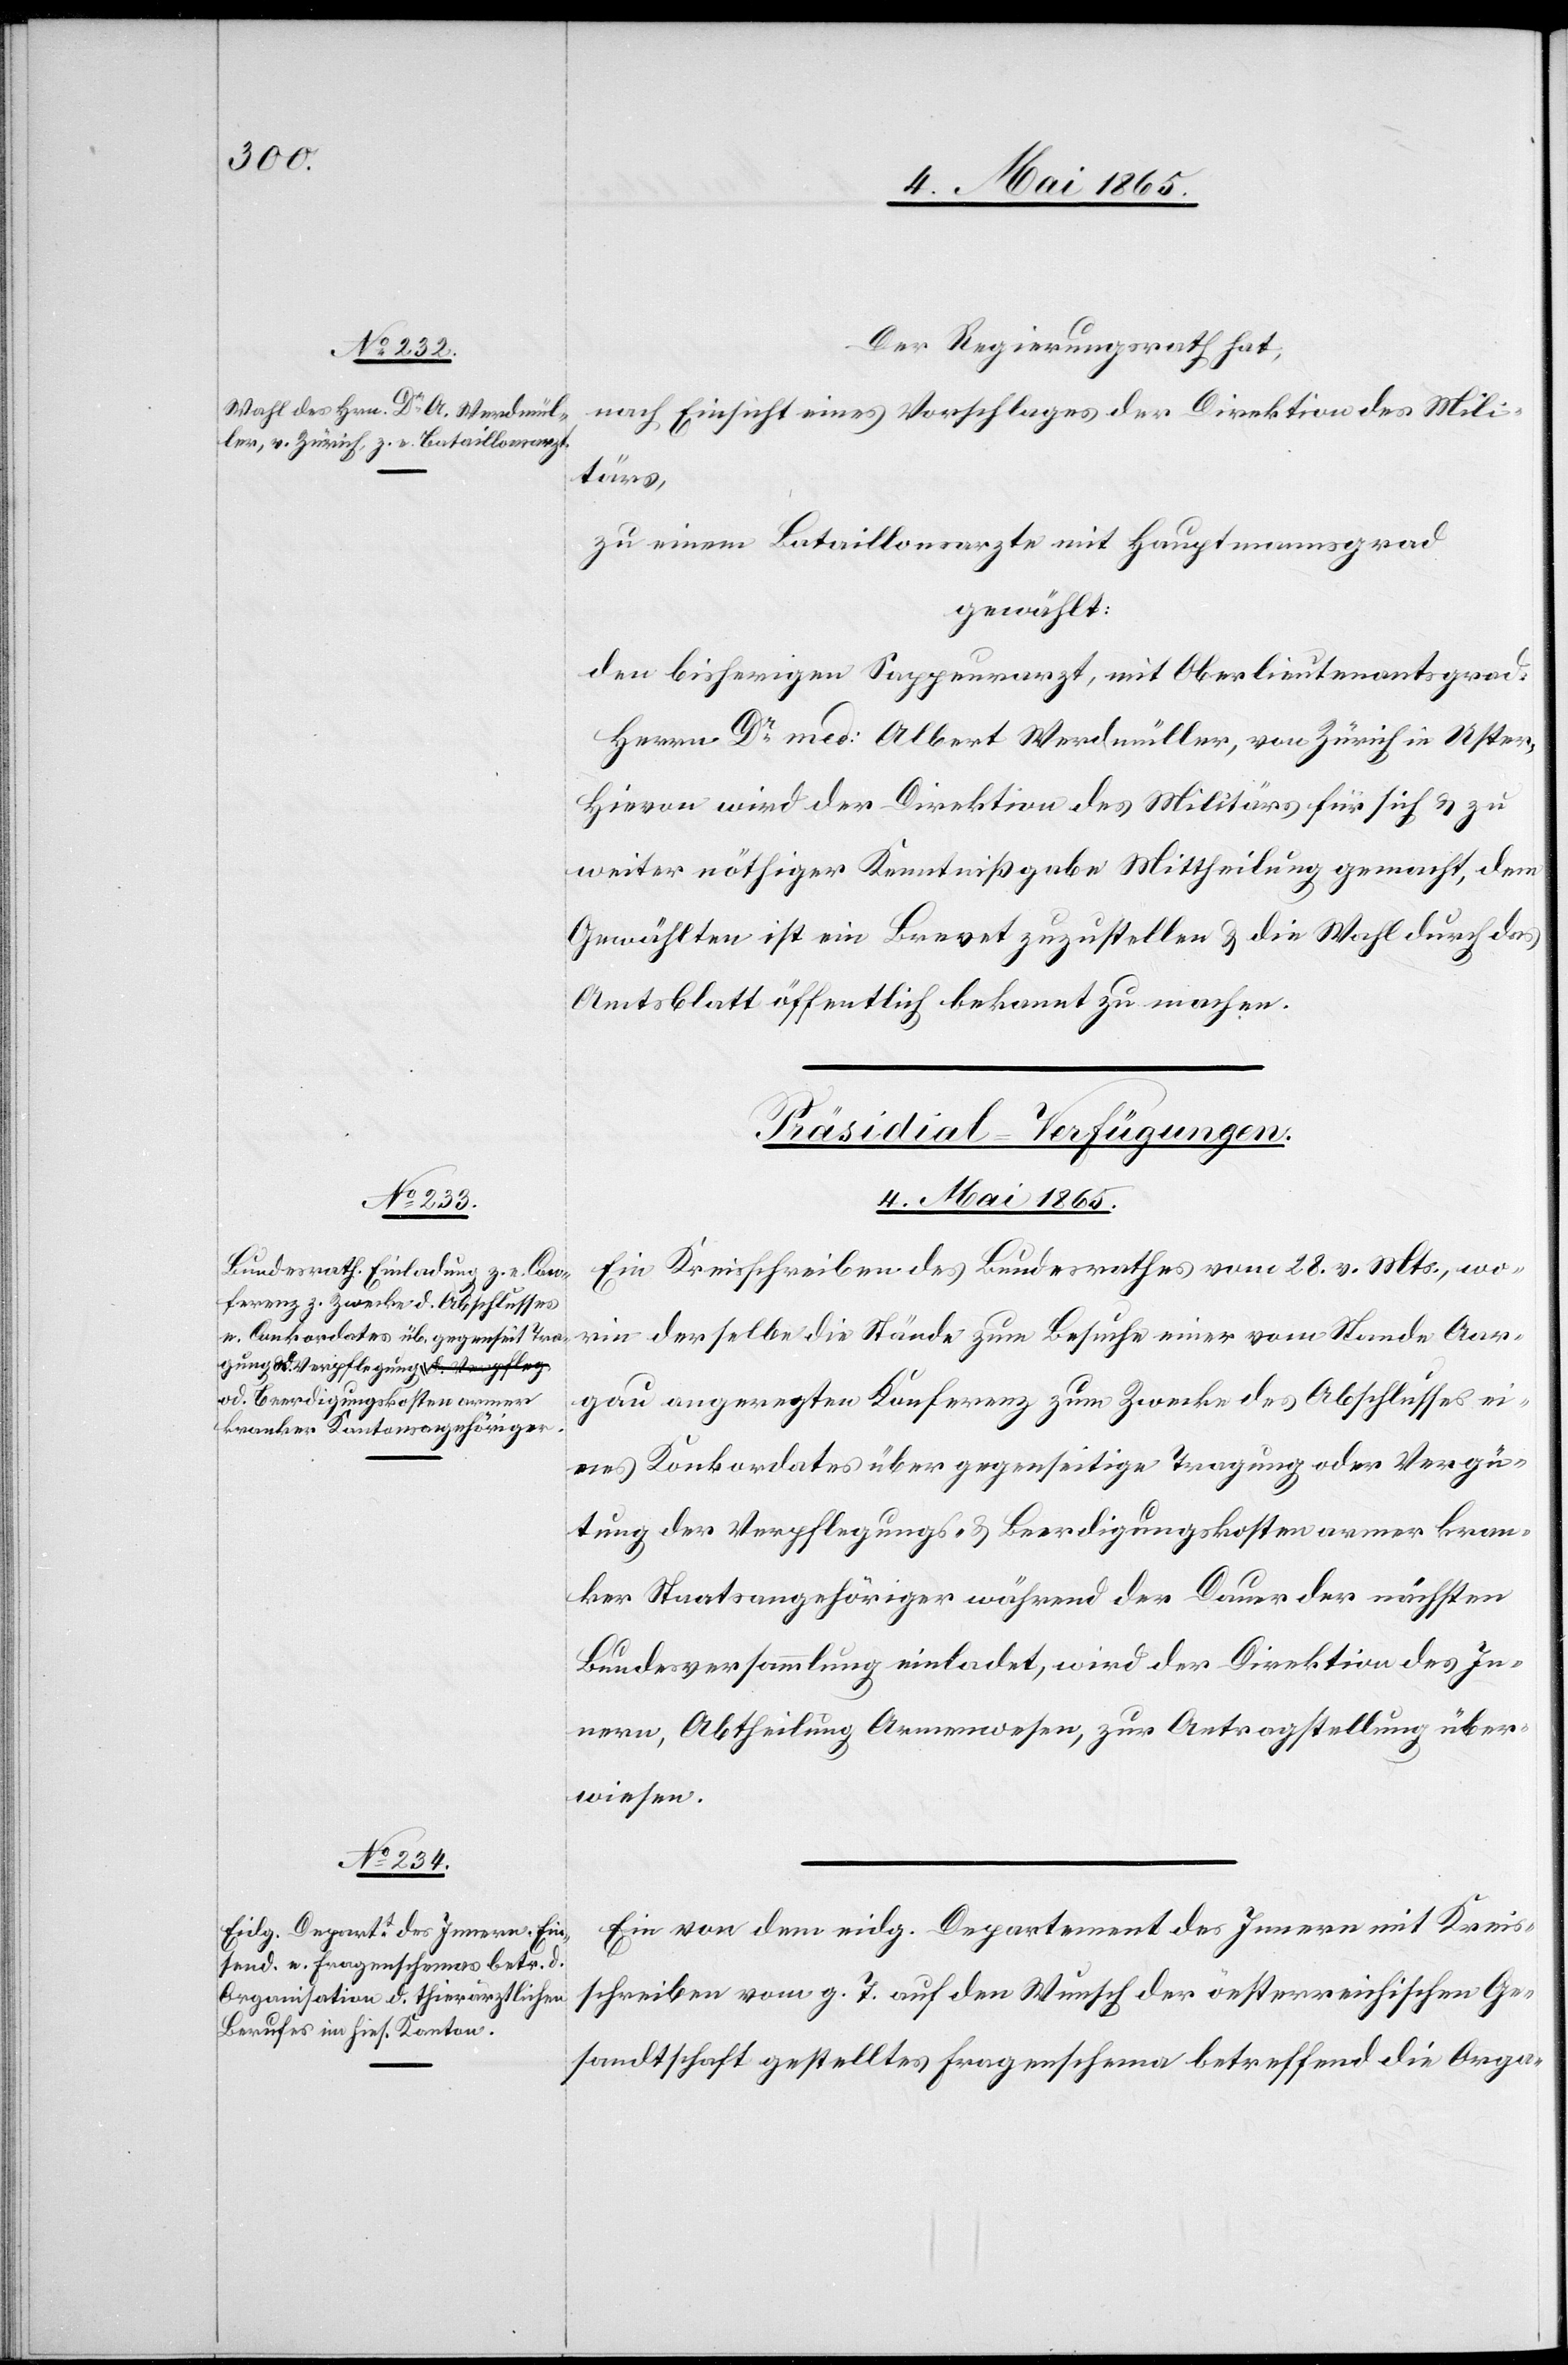
Ge¬

4. Mai 1865.]
Der Regierungsrath hat,
nach Einsicht eines Vorschlages der Direktion des Mili¬
tärs,
zu einem Bataillonsarzte mit Hauptmannsgrad
gewählt:
Den bisherigen Sappeurarzt, mit Oberlieutenantsgrad:
Herrn Dr med: Albert Werdmüller, von Zürich in Uster.
Hievon wird der Direktion des Militärs für sich & zu
weiter nöthiger Kenntnißgabe Mittheilung gemacht, dem
Gewählten ist ein Brevet zuzustellen & die Wahl durch das
Amtsblatt öffentlich bekannt zu machen.
[Präsidial-Verfügungen.
4. Mai 1865.
Ein Kreisschreiben des Bundesrathes vom 28. v. Mts., wo¬
rin derselbe die Stände zum Besuche einer vom Stande Aar¬
gau angeregten Konferenz zum Zwecke des Abschlusses ei¬
nes Konkordates über gegenseitige Tragung oder Vergü¬
tung der Verpflegungs- & Beerdigungskosten armer kran¬
ker Staatsangehöriger während der Dauer der nächsten
Bundesversammlung einladet, wird der Direktion des In¬
nern, Abtheilung Armenwesen, zur Antragstellung über¬
wiesen.
Ein von dem eidg. Departement des Innern mit Kreis¬
schreiben vom g. T. auf den Wunsch der öesterreichischen [s¬
sandtschaft gestelltes Fragenschema betreffend die Orga-